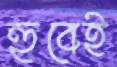
হুবেই